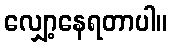
လျှော့နေရတာပါ။